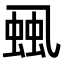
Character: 𧋜